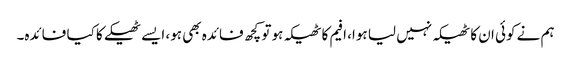
ہم نے کوئی ان کا ٹھیکہ نہیں لیا ہوا، افیم کا ٹھیکہ ہو تو کچھ فائدہ بھی ہو، ایسے ٹھیکے کا کیا فائدہ۔